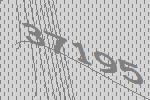
37195